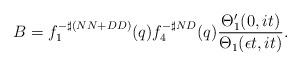
LaTeX: \begin{align*}B=f_{1}^{-\sharp(NN+DD)}(q)f_{4}^{-\sharp ND}(q) \frac{\Theta_{1} '(0,it)}{\Theta_{1}(\epsilon t,it)}.\end{align*}